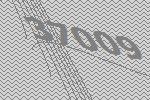
37009